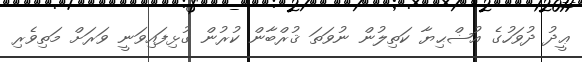
ޢީދު ދުވަހުގެ އުޟްޙިޔާ ކަތިލުން ނުވަތަ ޤުރްބާން ކުރުން ގުޅިފައިވަނީ ވަރަށް މަތިވެރި